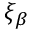
\xi _ { \beta }